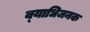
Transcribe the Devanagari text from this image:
व्‍याधिजनक